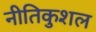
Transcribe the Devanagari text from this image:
नीतिकुशल